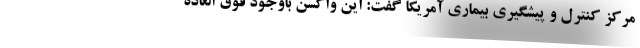
مرکز کنترل و پیشگیری بیماری آمریکا گفت: این واکسن باوجود فوق العاده